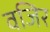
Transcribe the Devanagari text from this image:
वजिर